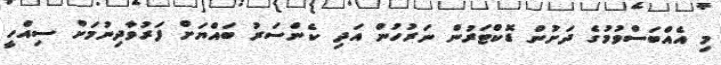
މި އެއްބަސްވުމުގެ ދަށުން ޑޮކްޓަރުން ނަރުހުން އަދި ކެންސަރު ބައްޔަށް ފަރުވާދިނުމަށް ސިއްހީ